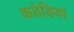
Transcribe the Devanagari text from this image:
कठेडिया